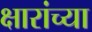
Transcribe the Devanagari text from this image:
क्षारांच्या